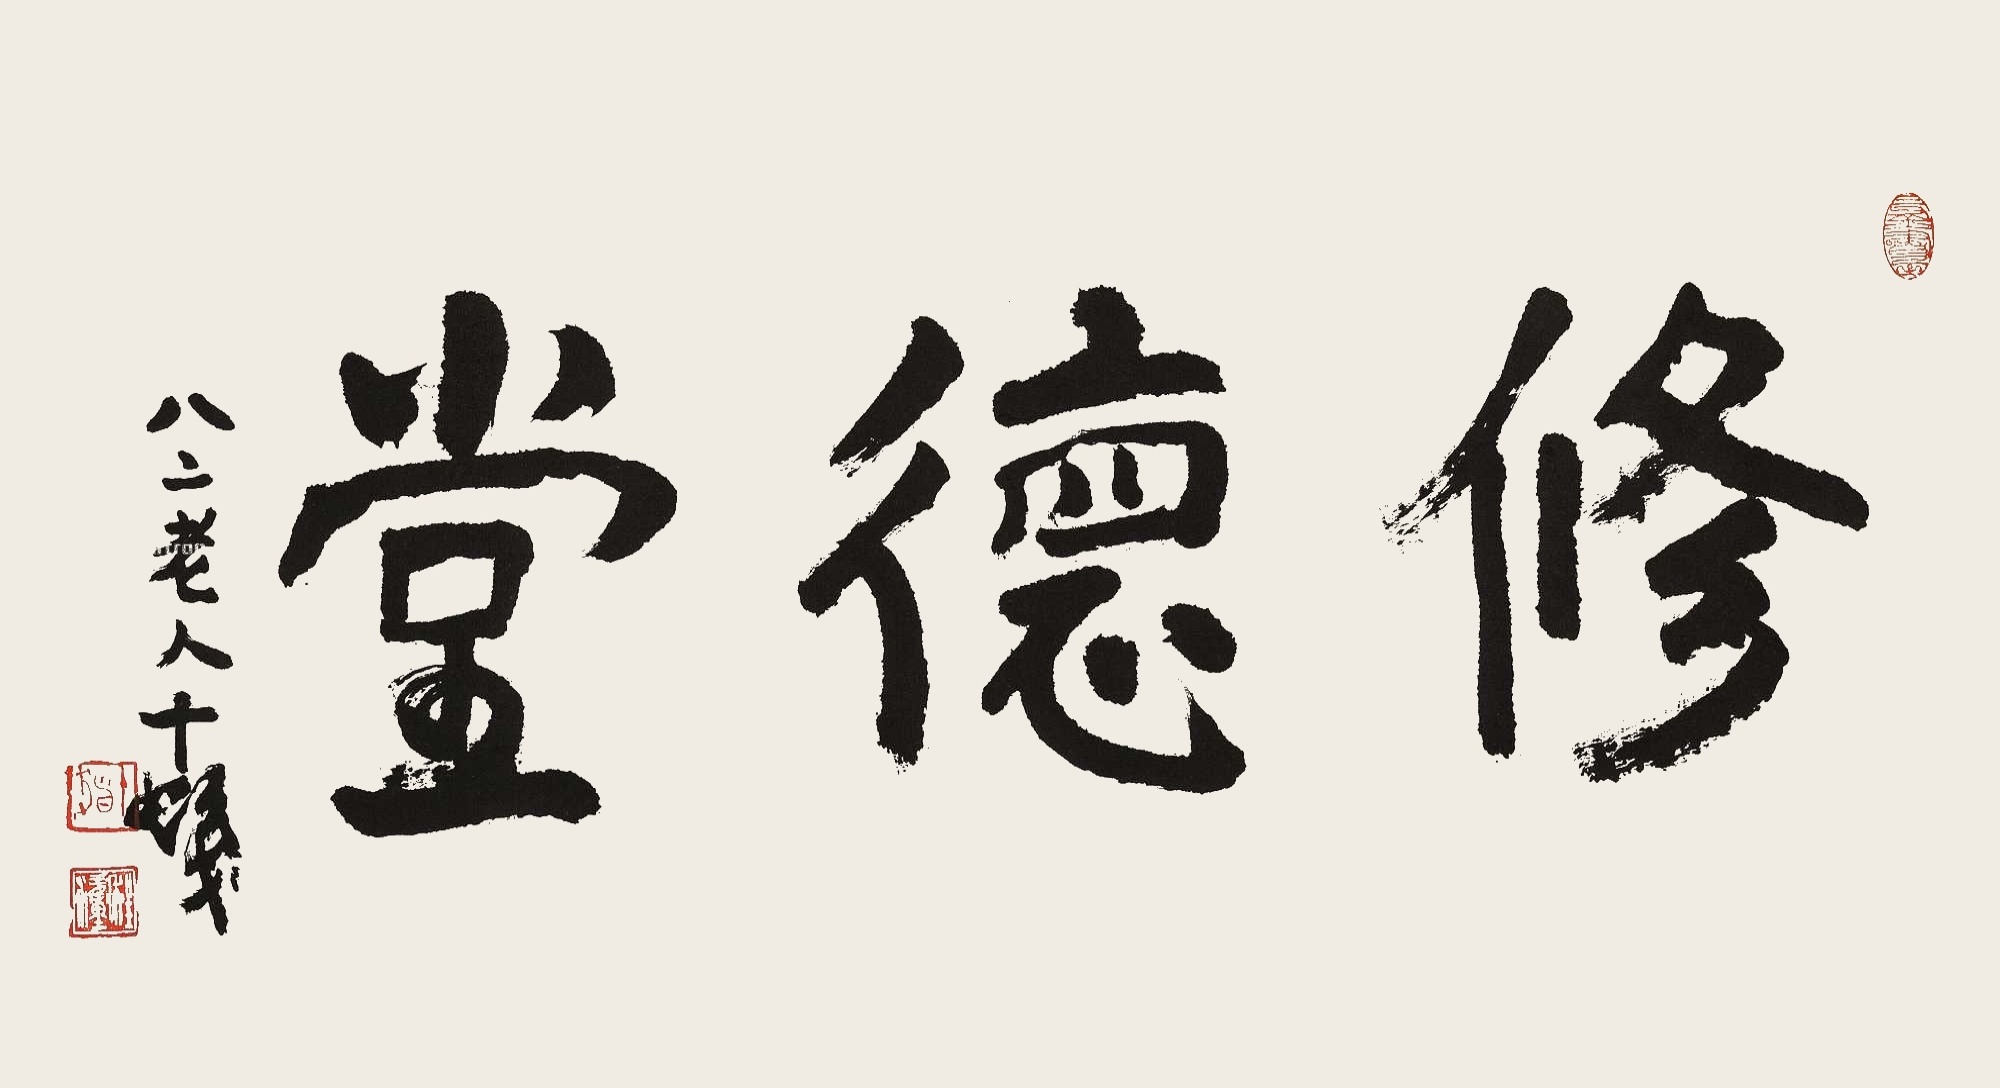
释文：修德堂。八二老人十发。